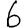
Digit: 6